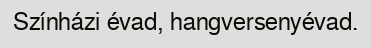
Színházi évad, hangversenyévad.